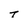
Character: t